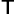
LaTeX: {}^{\mathsf{T}}